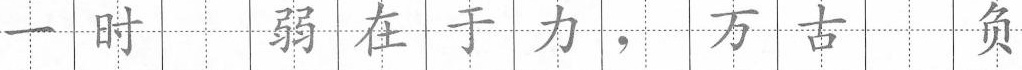
一时 弱在于力， 万古 负